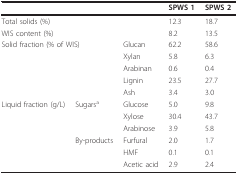
<table><thead><tr><td></td><td></td><td></td><td><b>SPWS 1</b></td><td><b>SPWS 2</b></td></tr></thead><tbody><tr><td colspan="2">Total solids (%)</td><td></td><td>12.3</td><td>18.7</td></tr><tr><td colspan="2">WIS content (%)</td><td></td><td>8.2</td><td>13.5</td></tr><tr><td colspan="2">Solid fraction (% of WIS)</td><td>Glucan</td><td>62.2</td><td>58.6</td></tr><tr><td></td><td></td><td>Xylan</td><td>5.8</td><td>6.3</td></tr><tr><td></td><td></td><td>Arabinan</td><td>0.6</td><td>0.4</td></tr><tr><td></td><td></td><td>Lignin</td><td>23.5</td><td>27.7</td></tr><tr><td></td><td></td><td>Ash</td><td>3.4</td><td>3.0</td></tr><tr><td>Liquid fraction (g/L)</td><td>Sugars<sup>a</sup></td><td>Glucose</td><td>5.0</td><td>9.8</td></tr><tr><td></td><td></td><td>Xylose</td><td>30.4</td><td>43.7</td></tr><tr><td></td><td></td><td>Arabinose</td><td>3.9</td><td>5.8</td></tr><tr><td></td><td>By-products</td><td>Furfural</td><td>2.0</td><td>1.7</td></tr><tr><td></td><td></td><td>HMF</td><td>0.1</td><td>0.1</td></tr><tr><td></td><td></td><td>Acetic acid</td><td>2.9</td><td>2.4</td></tr></tbody></table>